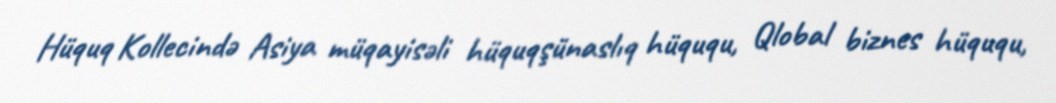
Hüquq Kollecində Asiya müqayisəli hüquqşünaslıq hüququ, Qlobal biznes hüququ,